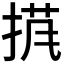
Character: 𱠍